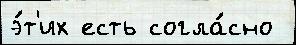
э́т'их есть согла́сно